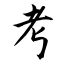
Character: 考